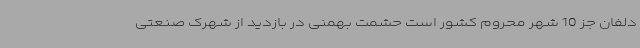
دلفان جز 10 شهر محروم کشور است حشمت بهمنی در بازدید از شهرک صنعتی